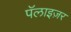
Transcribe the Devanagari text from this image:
पॅलाइज़र